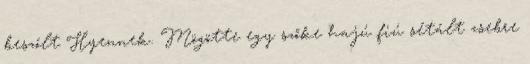
beszólt Hyennek. Mögötte egy szőke hajú fiú sétált zsebre